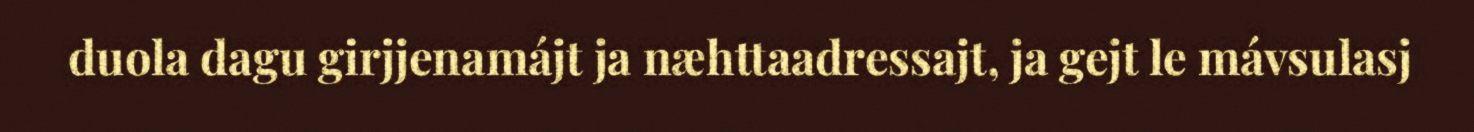
duola dagu girjjenamájt ja næhttaadressajt, ja gejt le mávsulasj